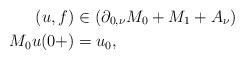
LaTeX: \begin{align*}(u,f) & \in\left(\partial_{0,\nu}M_{0}+M_{1}+A_{\nu}\right)\\M_{0}u(0+) & =u_{0},\end{align*}